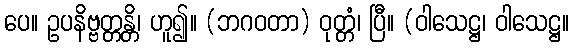
ပေ။ ဥပနိဗ္ဗတ္တန္တိ၊ ဟူ၍။ (ဘဂဝတာ) ဝုတ္တံ၊ ပြီ။ (ဝါသေဋ္ဌ၊ ဝါသေဋ္ဌ။